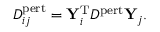
\begin{array} { r } { D _ { i j } ^ { \mathrm { p e r t } } = \mathbf { Y } _ { i } ^ { \mathrm { T } } D ^ { \mathrm { p e r t } } \mathbf { Y } _ { j } . } \end{array}